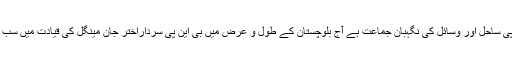
انہوں نے کہاکہ بی این پی ساحل اور وسائل کی نگہبان جماعت ہے آج بلوچستان کے طول و عرض میں بی این پی سرداراختر جان مینگل کی قیادت میں سب سے مقبول جماعت ہے۔